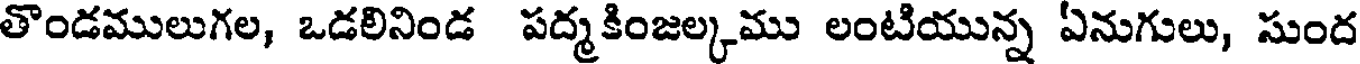
తొండములుగల, ఒడలినిండ పద్మకింజల్కము లంటియున్న ఏనుగులు, సుంద